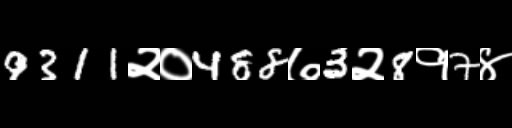
Text: 9311२०488७3२8१7४